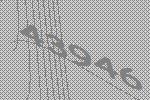
43946